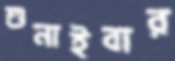
শুনাইবার